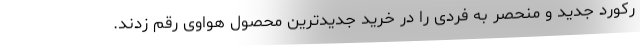
رکورد جدید و منحصر به فردی را در خرید جدیدترین محصول هواوی رقم زدند.